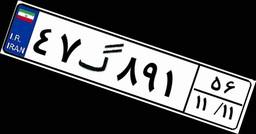
۶۷گ۲۶۲۹۹